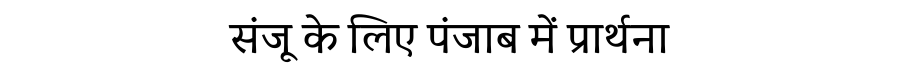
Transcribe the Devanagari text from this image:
संजू के लिए पंजाब में प्रार्थना